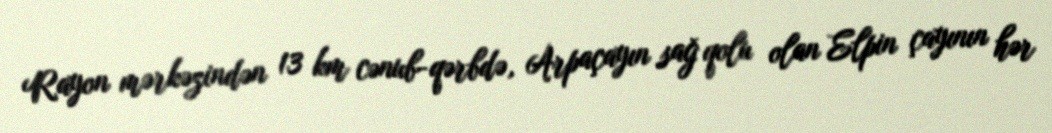
Rayon mərkəzindən 13 km cənub-qərbdə, Arpaçayın sağ qolu olan Elpin çayının hər